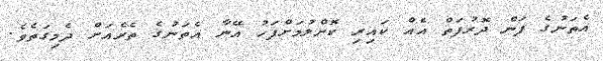
އެތަނުގެ ފަން ދޮރުފަތް އެއް ކައިރި ކޮށްލުމަށްފަހު އޭނާ އެތަނުގެ ތެރެއަށް ދެމިގަތެވެ.